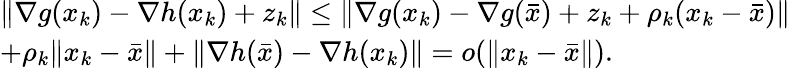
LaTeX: \begin{array}{r}{\begin{array}{ll}{\| \nabla g(x_{k})-\nabla h(x_{k})+z_{k}\| \leq\| \nabla g(x_{k})-\nabla g(\bar{x})+z_{k}+\rho_{k}(x_{k}-\bar{x})\| }\\ {+\rho_{k}\| x_{k}-\bar{x}\| +\| \nabla h(\bar{x})-\nabla h(x_{k})\| =o(\| x_{k}-\bar{x}\| ).}\end{array}}\end{array}